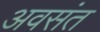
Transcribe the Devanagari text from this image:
अवसंत